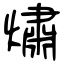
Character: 熽